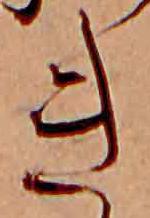
き